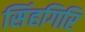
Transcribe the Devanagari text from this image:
सिंहगिरि